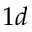
1 d